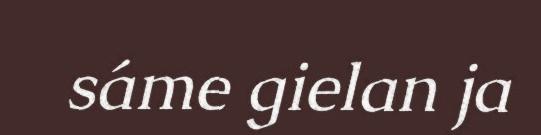
sáme gielan ja